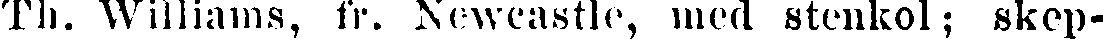
Th. Williams, fr. Newcastle, med stenkol; skep-